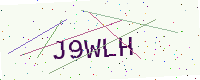
Text: J9WLH